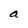
Character: a